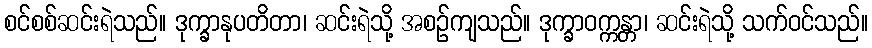
စင်စစ်ဆင်းရဲသည်။ ဒုက္ခာနုပတိတာ၊ ဆင်းရဲသို့ အစဉ်ကျသည်။ ဒုက္ခာဝက္ကန္တာ၊ ဆင်းရဲသို့ သက်ဝင်သည်။